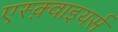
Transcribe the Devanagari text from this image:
एस्क़्वाइयर्स